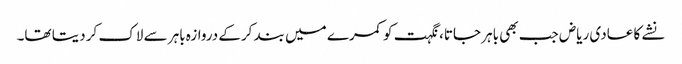
نشے کا عادی ریاض جب بھی باہر جاتا، نگہت کو کمرے میں بند کرکے دروازہ باہر سے لاک کر دیتا تھا۔